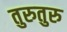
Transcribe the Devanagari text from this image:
तुरुतुरु